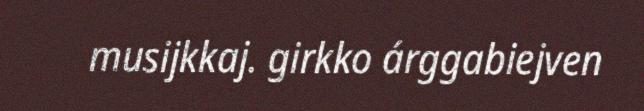
musijkkaj. girkko árggabiejven